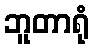
ဘူတာရုံ